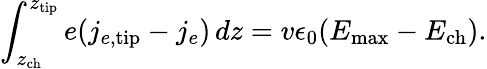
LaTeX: \int_{z_{\mathrm{ch}}}^{z_{\mathrm{tip}}}e(j_{e,\mathrm{tip}}-j_{e})\, dz=v\epsilon_{0}(E_{\mathrm{max}}-E_{\mathrm{ch}}).